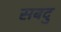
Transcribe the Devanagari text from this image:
सबदु